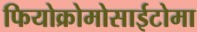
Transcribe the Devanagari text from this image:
फियोक्रोमोसाईटोमा